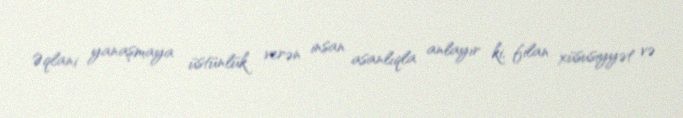
Əqlani yanaşmaya üstünlük verən insan asanlıqla anlayır ki, filan xüsusiyyət və